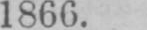
1866.